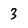
Character: 3